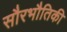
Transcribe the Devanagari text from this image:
सौरभौतिकी